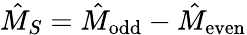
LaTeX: \hat{M}_{S}=\hat{M}_{\mathrm{odd}}-\hat{M}_{\mathrm{even}}